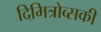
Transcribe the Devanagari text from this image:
दिमित्रोव्सकी